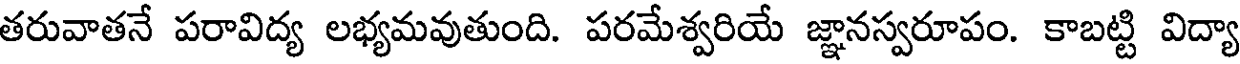
తరువాతనే పరావిద్య లభ్యమవుతుంది. పరమేశ్వరియే జ్ఞానస్వరూపం. కాబట్టి విద్యా